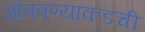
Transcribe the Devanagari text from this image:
आंबवण्याकडची